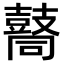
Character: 𪔚